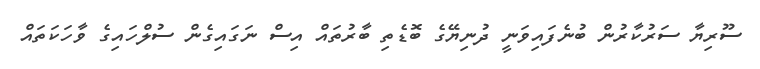
ސޫރިޔާ ސަރުކާރުން ބުނެފައިވަނީ ދުނިޔޭގެ ބޮޑެތި ބާރުތައް އިސް ނަގައިގެން ސުލްހައިގެ ވާހަކަތައް